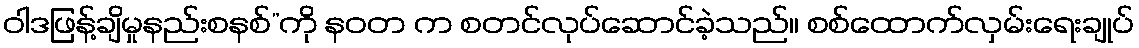
ဝါဒဖြန့်ချိမှုနည်းစနစ်”ကို နဝတ က စတင်လုပ်ဆောင်ခဲ့သည်။ စစ်ထောက်လှမ်းရေးချုပ်